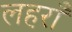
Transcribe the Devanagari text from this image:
लहराँ